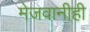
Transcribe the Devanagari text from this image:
मेजवानीही